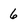
Character: 6